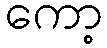
ကော့